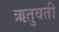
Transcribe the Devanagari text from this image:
ऋतुवती